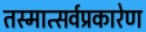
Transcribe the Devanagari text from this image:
तस्मात्सर्वप्रकारेण